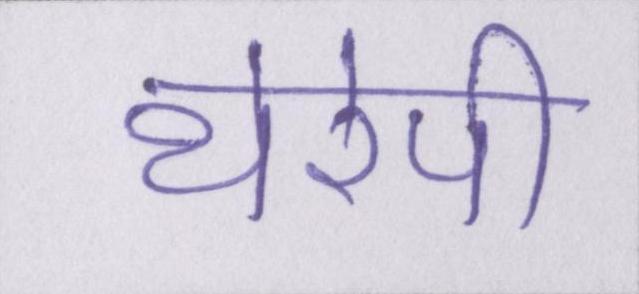
थेरेपी